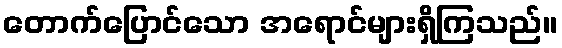
တောက်ပြောင်သော အရောင်များရှိကြသည်။